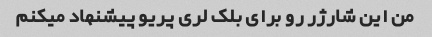
من این شارژر رو برای بلک لری پریو پیشنهاد میکنم